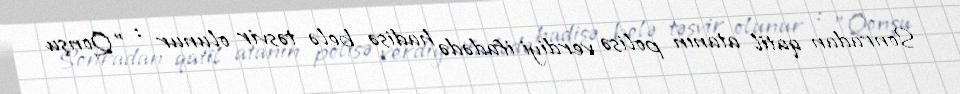
Sonradan qatil atanın polisə verdiyi ifadədə hadisə belə təsvir olunur : "Qonşu